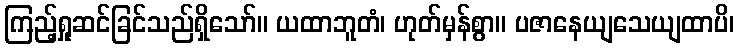
ကြည့်ရှုဆင်ခြင်သည်ရှိသော်။ ယထာဘူတံ၊ ဟုတ်မှန်စွာ။ ပဇာနေယျသေယျထာပိ၊